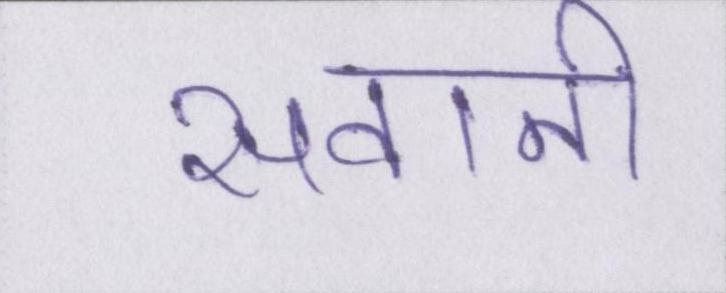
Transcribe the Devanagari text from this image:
सवानी